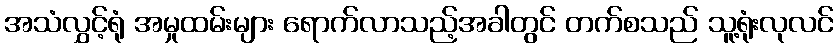
အသံလွှင့်ရုံ အမှုထမ်းများ ရောက်လာသည့်အခါတွင် တက်စသည် သူ့ရုံးလုလင်